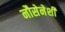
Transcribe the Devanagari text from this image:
नौसेनेशी